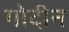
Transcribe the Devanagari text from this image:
गोदीन